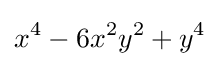
x^{4}-6x^{2}y^{2}+y^{4}